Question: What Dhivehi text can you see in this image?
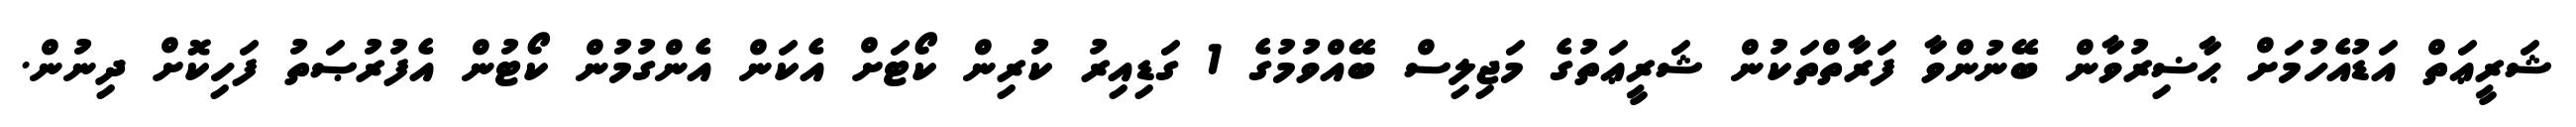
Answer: ޝަރީޢަތް އަޑުއެހުމަށް ޙާޟިރުވާން ބޭނުންވާ ފަރާތްތަކުން ޝަރީޢަތުގެ މަޖިލިސް ބޭއްވުމުގެ 1 ގަޑިއިރު ކުރިން ކޯޓަށް އެކަން އެންގުމުން ކޯޓުން އެފުރުޞަތު ފަހިކޮށް ދިނުން.